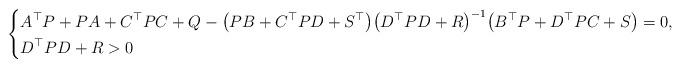
LaTeX: \begin{align*}\left\{\begin{aligned}& A^{\top} P+PA+C^{\top} PC+Q -\big(PB+C^{\top}PD+S^{\top}\big) \big(D^{\top} PD+R\big)^{-1}\big(B^{\top} P+D^{\top}PC+S\big)=0,\\& D^{\top} PD+R > 0\end{aligned}\right.\end{align*}